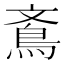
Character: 鴍